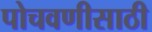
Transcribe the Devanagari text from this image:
पोचवणीसाठी